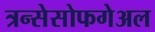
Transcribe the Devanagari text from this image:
त्रन्सेसोफगेअल